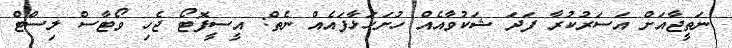
ނަތީޖާއަށް އަސަރުކުރާ ފަދަ ޝަކުވާއެއް ހުށަހަޅާފައެއް ނެތް: އީސީފޮޓޯ ޖެހި ވޯޓާސް ލިސްޓް